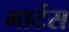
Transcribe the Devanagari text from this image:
मार्टस